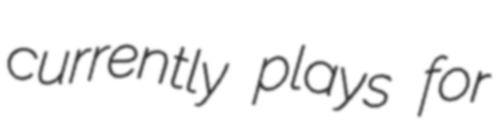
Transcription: currently plays for